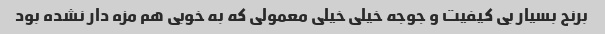
برنج بسیار بی کیفیت و جوجه خیلی خیلی معمولی که به خوبی هم مزه دار نشده بود